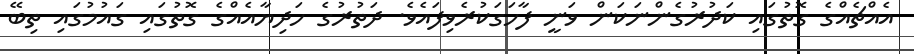
އެއްޗެއްގެ ގޮތުގައި ކަދުރުގެންނަކަން ވަނީ ފާހަގަކުރެވިފައެވެ. ދަތުރުގެ ހަދިޔާއެއްގެ ގޮތުގައި ގައުމުގައި ތިބޭ